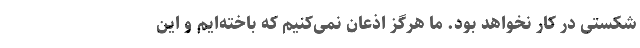
شکستی در کار نخواهد بود. ما هرگز اذعان نمی‌کنیم که باخته‌ایم و این